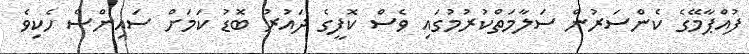
ފުއްޕާމޭގެ ކެންސަރުން ސަލާމަތްކުރުމުގައި ވެސް ކޮފީގެ ދައުރު ބޮޑު ކަމަށް ސައިންސް ހެކިވެ